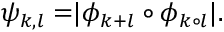
\psi _ { k , l } = \rvert \phi _ { k + l } \circ \phi _ { k \circ l } \rvert .